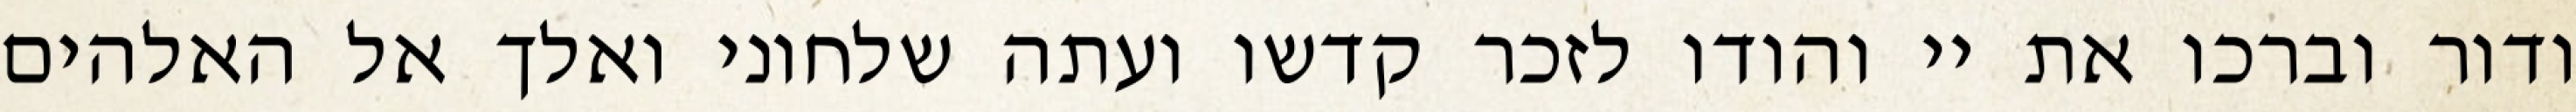
ודור וברכו את יי והודו לזכר קדשו ועתה שלחוני ואלך אל האלהים